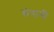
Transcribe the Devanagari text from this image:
सेनानीं